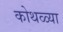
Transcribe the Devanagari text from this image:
कोथळ्या